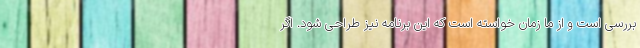
بررسی است و از ما زمان خواسته است که این برنامه نیز طراحی شود. اگر